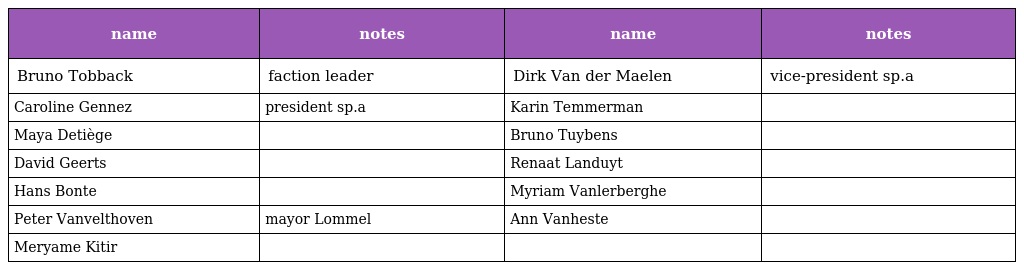
| name | notes | name | notes |
 | --- | --- | --- | --- |
 | Bruno Tobback | faction leader | Dirk Van der Maelen | vice-president sp.a |
 | Caroline Gennez | president sp.a | Karin Temmerman |  |
 | Maya Detiège |  | Bruno Tuybens |  |
 | David Geerts |  | Renaat Landuyt |  |
 | Hans Bonte |  | Myriam Vanlerberghe |  |
 | Peter Vanvelthoven | mayor Lommel | Ann Vanheste |  |
 | Meryame Kitir |  |  |  |